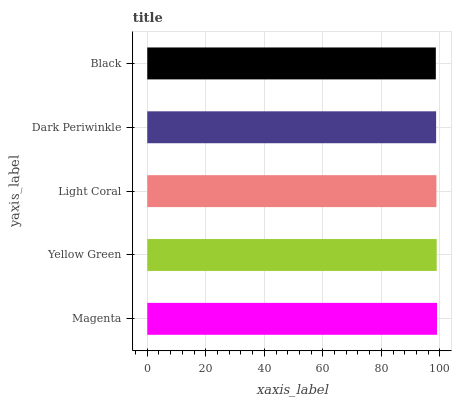
| yaxis_label | bars |
 | --- | --- |
 | Magenta | 99 |
 | Yellow Green | 98.9 |
 | Light Coral | 98.8 |
 | Dark Periwinkle | 98.7 |
 | Black | 98.6 |